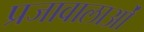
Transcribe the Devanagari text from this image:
प्रजावालाओं